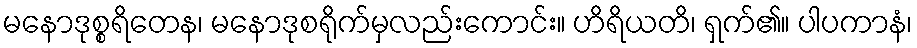
မနောဒုစ္စရိတေန၊ မနောဒုစရိုက်မှလည်းကောင်း။ ဟိရိယတိ၊ ရှက်၏။ ပါပကာနံ၊